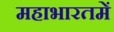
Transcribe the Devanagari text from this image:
महाभारतमें